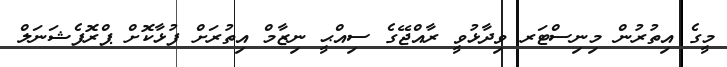
މީގެ އިތުރުން މިނިސްޓަރ ވިދާޅުވީ ރާއްޖޭގެ ސިއްޙީ ނިޒާމް އިތުރަށް ފުޅާކޮށް ޕްރޮފެޝަނަލް